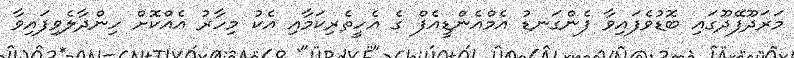
މަރަދޫފޭދޫގައި ބޮޑުވެފައިވާ ފެންގަނޑު އެމްއެންޑީއެފް ގެ އެހީތެރިކަމާއި އެކު މިހާރު އެއްކޮށް ހިންދާލެވިފައިވާ